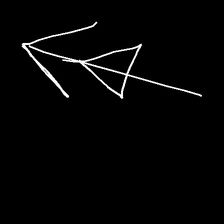
Glyph: pull